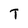
Character: T